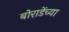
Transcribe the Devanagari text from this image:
बोराडेंच्या